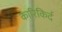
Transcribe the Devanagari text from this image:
कारिकिर्द